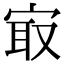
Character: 㝡